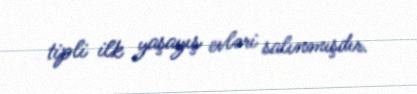
tipli ilk yaşayış evləri salınmışdır.